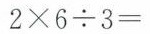
$$2 \times 6 \div 3 =$$